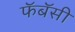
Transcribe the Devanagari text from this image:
फॅबॅसी